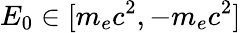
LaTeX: E_{0}\in[m_{e}c^{2},-m_{e}c^{2}]